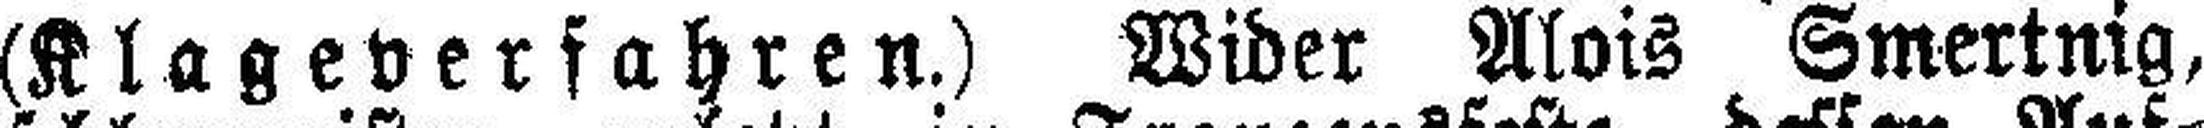
(Klageverfahren.) Wider Alois Smertnig,